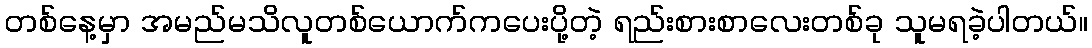
တစ်နေ့မှာ အမည်မသိလူတစ်ယောက်ကပေးပို့တဲ့ ရည်းစားစာလေးတစ်ခု သူမရခဲ့ပါတယ်။